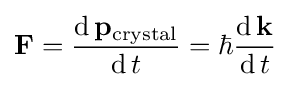
\mathbf {F} ={\frac {\operatorname {d} \mathbf {p} _{\text{crystal}}}{\operatorname {d} t}}=\hbar {\frac {\operatorname {d} \mathbf {k} }{\operatorname {d} t}}